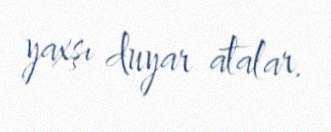
yaxşı duyar atalar.